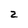
Character: 2